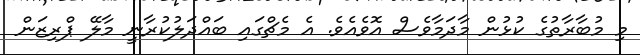
މި މުބާރާތުގެ ކުޅުން މާދަމާވެސް އޮވެއެވެ. އެ މެޗްގައި ބައްދަލުކުރާނީ މާލޭ ޕްރިޒަން